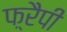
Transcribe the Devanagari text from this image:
फ़्रैपी